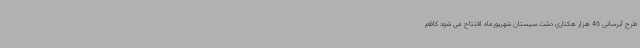
طرح آبرسانی 46 هزار هکتاری دشت سیستان شهریورماه افتتاح می شود کاظم